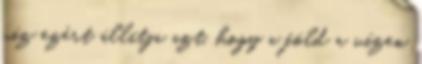
víz ezért állítja azt, hogy a föld a vízen